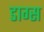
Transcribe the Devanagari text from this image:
डाग्स